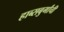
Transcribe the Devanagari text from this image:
हाब्सबुर्गांची